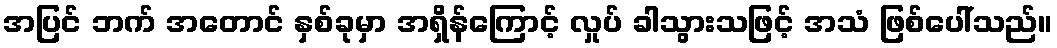
အပြင် ဘက် အတောင် နှစ်ခုမှာ အရှိန်ကြောင့် လှုပ် ခါသွားသဖြင့် အသံ ဖြစ်ပေါ်သည်။